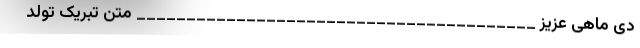
دی ماهی عزیز ________________________________________ متن تبریک تولد